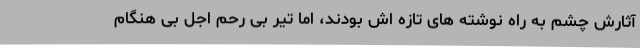
آثارش چشم به راه نوشته های تازه اش بودند، اما تیر بی رحم اجل بی هنگام